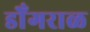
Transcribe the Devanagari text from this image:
डोँगराळ